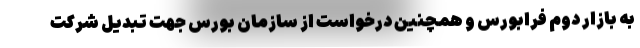
به بازار دوم فرابورس و همچنین درخواست از سازمان بورس جهت تبدیل شرکت